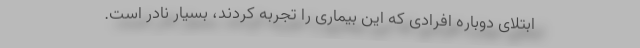
ابتلای دوباره افرادی که این بیماری را تجربه کردند، بسیار نادر است.